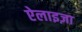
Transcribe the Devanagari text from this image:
ऐलाइज़ा